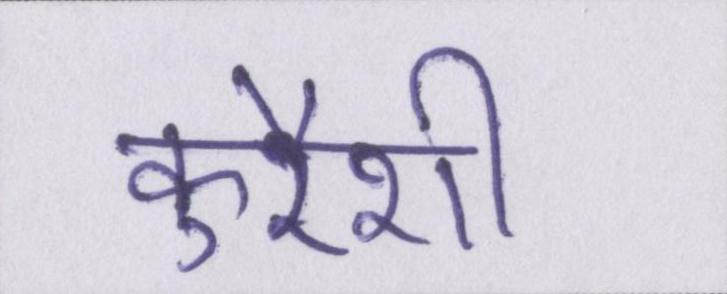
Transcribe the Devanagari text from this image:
कुरैशी